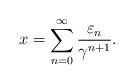
LaTeX: \begin{align*}x=\sum_{n=0}^\infty\frac{\varepsilon_n}{\gamma^{n+1}}.\end{align*}